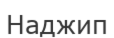
Наджип